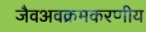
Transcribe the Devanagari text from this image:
जैवअवक्रमकरणीय